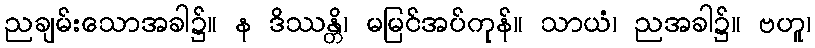
ညချမ်းသောအခါ၌။ န ဒိဿန္တိ၊ မမြင်အပ်ကုန်။ သာယံ၊ ညအခါ၌။ ဗဟူ၊